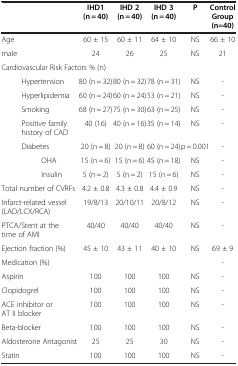
| <COLSPAN=3>  | IHD1(n = 40) | IHD 2(n = 40) | IHD 3(n = 40) | P | Control Group (n=40) |
 | --- | --- | --- | --- | --- | --- | --- | --- |
 | <COLSPAN=3> Age | 60 ± 15 | 60 ± 11 | 64 ± 10 | NS | 66 ± 10 |
 | <COLSPAN=3> male | 24 | 26 | 25 | NS | 21 |
 | <COLSPAN=8> Cardiovascular Risk Factors % (n) |
 |  | <COLSPAN=2> Hypertension | 80 (n = 32) | 80 (n = 32) | 78 (n = 31) | NS | - |
 |  | <COLSPAN=2> Hyperlipidemia | 60 (n = 24) | 60 (n = 24) | 53 (n = 21) | NS | - |
 |  | <COLSPAN=2> Smoking | 68 (n = 27) | 75 (n = 30) | 63 (n = 25) | NS | - |
 |  | <COLSPAN=2> Positive family history of CAD | 40 (16) | 40 (n = 16) | 35 (n = 14) | NS | - |
 |  | <COLSPAN=2> Diabetes | 20 (n = 8) | 20 (n = 8) | 60 (n = 24) | p = 0.001 | - |
 |  |  | OHA | 15 (n = 6) | 15 (n = 6) | 45 (n = 18) | NS | - |
 |  |  | Insulin | 5 (n = 2) | 5 (n = 2) | 15 (n = 6) | NS | - |
 | <COLSPAN=3> Total number of CVRFs | 4.2 ± 0.8 | 4.3 ± 0.8 | 4.4 ± 0.9 | NS | - |
 | <COLSPAN=3> Infarct-related vessel (LAD/LCX/RCA) | 19/8/13 | 20/10/11 | 20/8/12 | NS | - |
 | <COLSPAN=3> PTCA/Stent at the time of AMI | 40/40 | 40/40 | 40/40 | NS | - |
 | <COLSPAN=3> Ejection fraction (%) | 45 ± 10 | 43 ± 11 | 40 ± 10 | NS | 69 ± 9 |
 | <COLSPAN=3> Medication (%) |  |  |  |  | - |
 | <COLSPAN=3> Aspirin | 100 | 100 | 100 | NS | - |
 | <COLSPAN=3> Clopidogrel | 100 | 100 | 100 | NS | - |
 | <COLSPAN=3> ACE inhibitor or AT II blocker | 100 | 100 | 100 | NS | - |
 | <COLSPAN=3> Beta-blocker | 100 | 100 | 100 | NS | - |
 | <COLSPAN=3> Aldosterone Antagonist | 25 | 25 | 30 | NS | - |
 | <COLSPAN=3> Statin | 100 | 100 | 100 | NS | - |